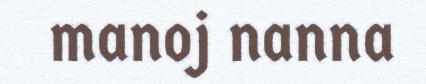
manoj nanna